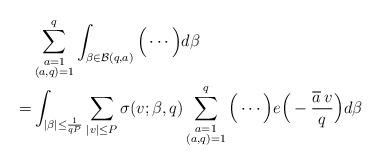
LaTeX: \begin{align*}&\sum_{\substack{a=1\\ (a,q)=1}}^q\int_{\beta\in\mathcal{B}(q,a)}\Big(\cdots\Big)d\beta\\=&\int_{|\beta|\le\frac{1}{qP}}\sum_{|v|\le P}\sigma(v;\beta,q)\sum_{\substack{a=1\\(a,q)=1}}^q\Big(\cdots\Big)e\Big(-\frac{\overline{a}\,v}{q}\Big)d\beta\end{align*}